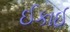
ઈકાઈ